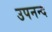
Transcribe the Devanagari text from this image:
उपनन्द